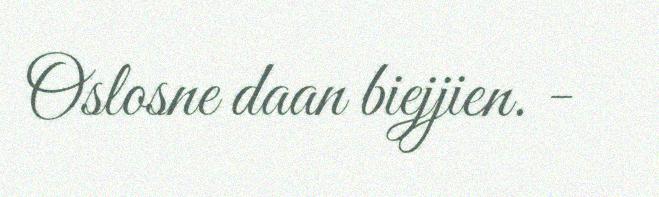
Oslosne daan biejjien. -